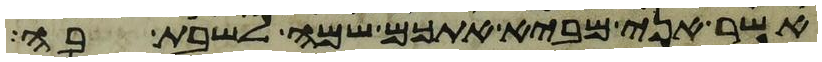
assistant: אשר אני מביא אתכם שמה לשבת בה